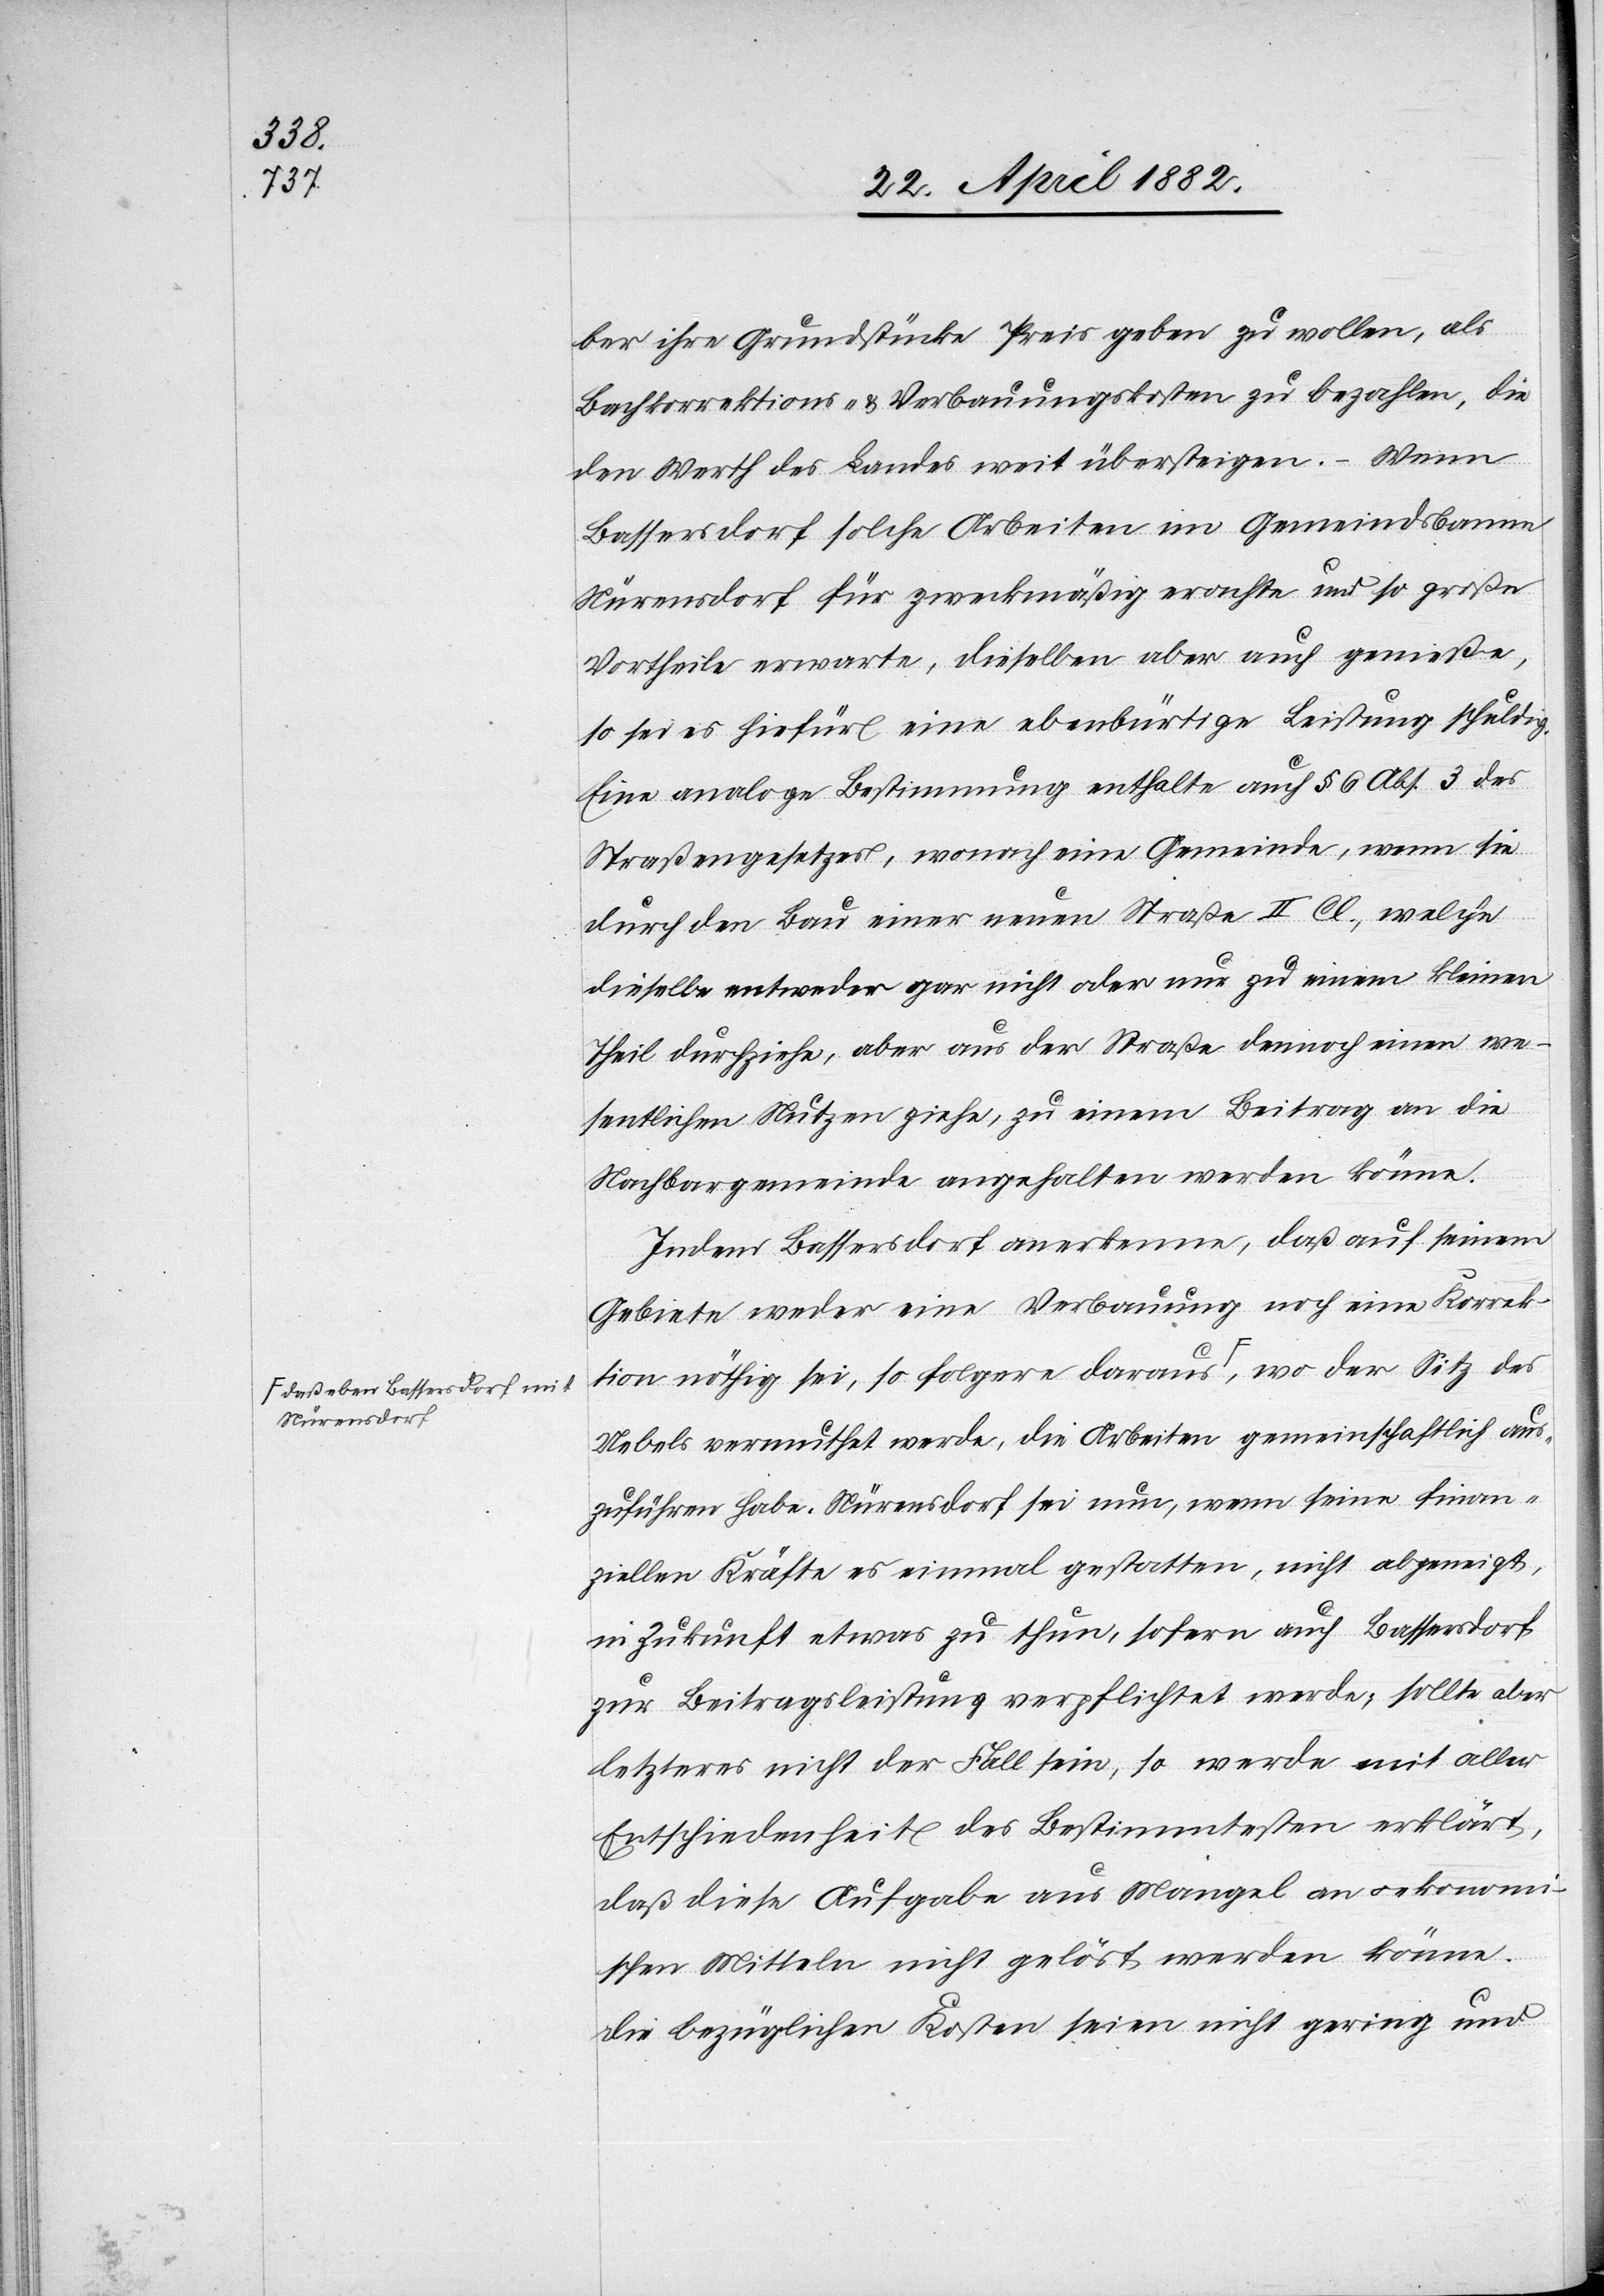
Nürensdorf-a

ber ihre Grundstücke Preis geben zu wollen, als
Bachkorrektions- & Verbauungskosten zu bezahlen, die
den Werth des Landes weit übersteigen. – Wenn
Bassersdorf solche Arbeit im Gemeindsbanne
Nürensdorf für zweckmäßig erachte und so große
Vortheile erwarte, dieselben aber auch genieße,
so sei es hiefür eine ebenbürtige Leistung schuldig.
Eine analoge Bestimmung enthalte auch § 6 Abs. 3 des
Straßengesetzes, wonach eine Gemeinde, wenn sie
durch den Bau einer neuen Straße II. Cl., welche
dieselbe entweder gar nicht oder nur zu einem kleinen
Theil durchziehe, aber aus der Straße dennoch einen we¬
sentlichen Nutzen ziehe, zu einem Beitrag an die
Nachbargemeinde angehalten werden könne.
Indem Bassersdorf anerkenne, daß auf seinem
gebiete weder eine Verbauung noch eine Korrek¬
tion nöthig sei, so folgere daraus, a-daß eben
Uebels vermuthet werde, die Arbeiten gemeinschaftlich aus¬
zuführen habe. Nürensdorf sei nun, wenn seine finan¬
ziellen Kräfte es einmal gestatten, nicht abgeneigt,
in Zukunft etwas zu thun, sofern auch Bassersdorf
zur Beitragsleistung verpflichtet werde; sollte aber
letzteres nicht der Fall sein, so werde mit aller
Entschiedenheit des Bestimmtesten erklärt,
daß diese Aufgabe aus Mangel an oekonomi¬
schen Mitteln nicht gelöst werden könne.
Die bezüglichen Kosten seien nicht gering und